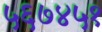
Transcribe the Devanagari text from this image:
५६७४५१